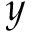
y